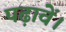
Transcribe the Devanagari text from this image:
पढ़ावें।